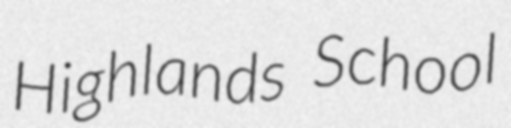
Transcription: Highlands School